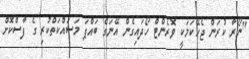
"ނޯރާ ކުރަން ޖެހޭކަމަކީ ވޮރެންޓް ހޯދައިގެން އޭނަގެ ބައްޕަ މަސައްކަތްކުރި ގެ ފާސްކޮށް